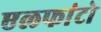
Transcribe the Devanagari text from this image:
एलफांटो